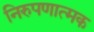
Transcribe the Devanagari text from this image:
निरुपणात्मक